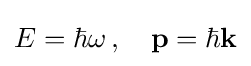
E=\hbar \omega \,,\quad \mathbf {p} =\hbar \mathbf {k}